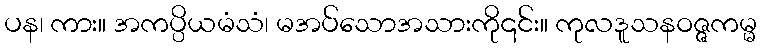
ပန၊ ကား။ အကပ္ပိယမံသံ၊ မအပ်သောအသားကို၎င်း။ ကုလဒူသနဝဇ္ဇကမ္မ